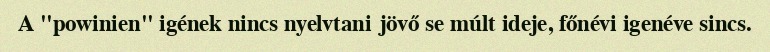
A "powinien" igének nincs nyelvtani jövő se múlt ideje, főnévi igenéve sincs.